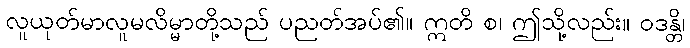
လူယုတ်မာလူမလိမ္မာတို့သည် ပညတ်အပ်၏။ ဣတိ စ၊ ဤသို့လည်း။ ဝဒန္တိ၊